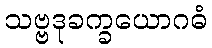
သဗ္ဗဒုခက္ခယောဂဓံ